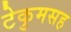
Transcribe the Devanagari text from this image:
टेकुमसह